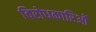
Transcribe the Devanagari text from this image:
विरोधकारिओं